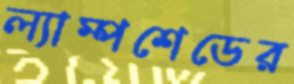
ল্যাম্পশেডের